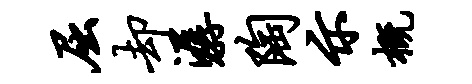
屈却潺陶示概